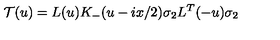
{ \cal T } ( u ) = L ( u ) K _ { - } ( u - i x / 2 ) \sigma _ { 2 } L ^ { T } ( - u ) \sigma _ { 2 }